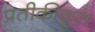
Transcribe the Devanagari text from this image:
प्रतीकीकृत